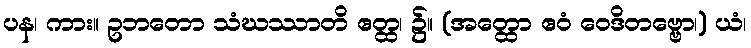
ပန၊ ကား။ ဥဘတော သံဃဿာတိ ဧတ္ထ၊ ၌။ (အတ္ထော ဧဝံ ဝေဒိတဗ္ဗော၊) ယံ၊